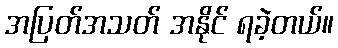
အပြတ်အသတ် အနိုင် ရခဲ့တယ်။